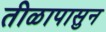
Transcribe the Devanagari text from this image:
तीळापासुन